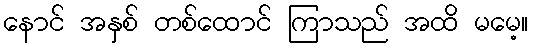
နောင် အနှစ် တစ်ထောင် ကြာသည် အထိ မမေ့။